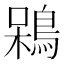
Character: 𪁣